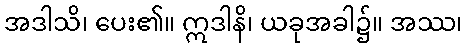
အဒါသိ၊ ပေး၏။ ဣဒါနိ၊ ယခုအခါ၌။ အဿ၊